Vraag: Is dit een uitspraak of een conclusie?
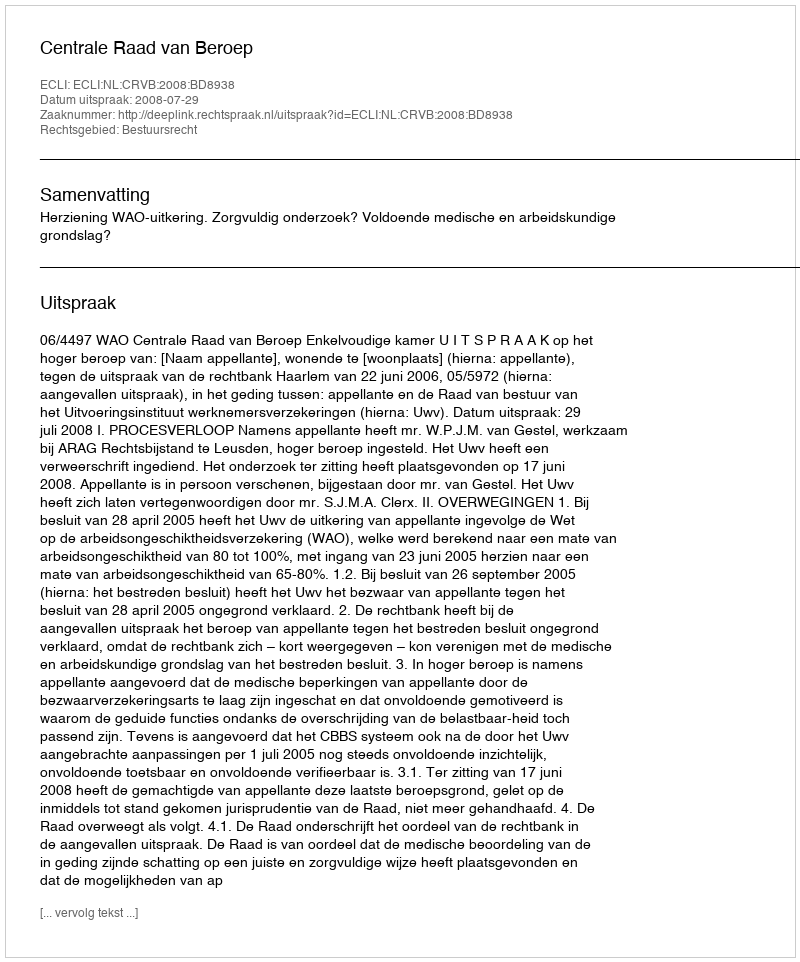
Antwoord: Uitspraak